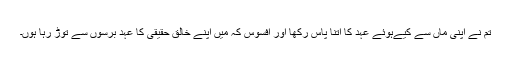
تم نے اپنی ماں سے کیےہوئے عہد کا اتنا پاس رکھا اور افسوس کہ میں اپنے خالق حقیقی کا عہد برسوں سے توڑ رہا ہوں۔